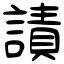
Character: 謮